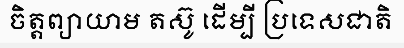
ចិត្តព្យាយាម តស៊ូ ដើម្បី ប្រទេសជាតិ